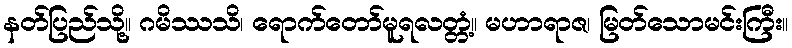
နတ်ပြည်သို့။ ဂမိဿသိ၊ ရောက်တော်မူရလတ္တံ့။ မဟာရာဇ၊ မြတ်သောမင်းကြီး။